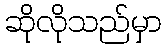
ဆိုလိုသည်မှာ